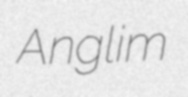
Anglim